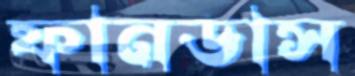
ফানডাস